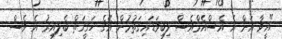
"އީވާ އަށް އެ އެސްއެމްއެސް ލިބިވަޑައިގަތުމުން އޭގެ ހަގީގަތް ބެލިއިރު އެ ވެސް